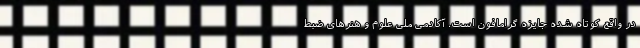
در واقع کوتاه شده جایزه گرامافون است. آکادمی ملی علوم و هنرهای ضبط